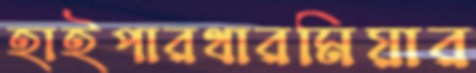
হাইপারথারমিয়ার